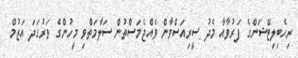
ރިހެބިލިޓޭޝަންގެ ފަރުވާއާ މެދު ސީރިއަސްވާން ވެއްޖެމަސްތުން ސަލާމަތްވި މީހުންގެ ވަރުގަދަ އަޒުމް